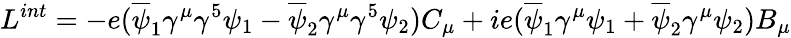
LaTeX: L^{int}=-e(\overline{{\psi}}_{1}\gamma^{\mu}\gamma^{5}\psi_{1}-\overline{{\psi}}_{2}\gamma^{\mu}\gamma^{5}\psi_{2})C_{\mu}+ie(\overline{{\psi}}_{1}\gamma^{\mu}\psi_{1}+\overline{{\psi}}_{2}\gamma^{\mu}\psi_{2})B_{\mu}